Senior Leaving Certificate Examination (including Day School Certificate (Higher) General paper), 1949
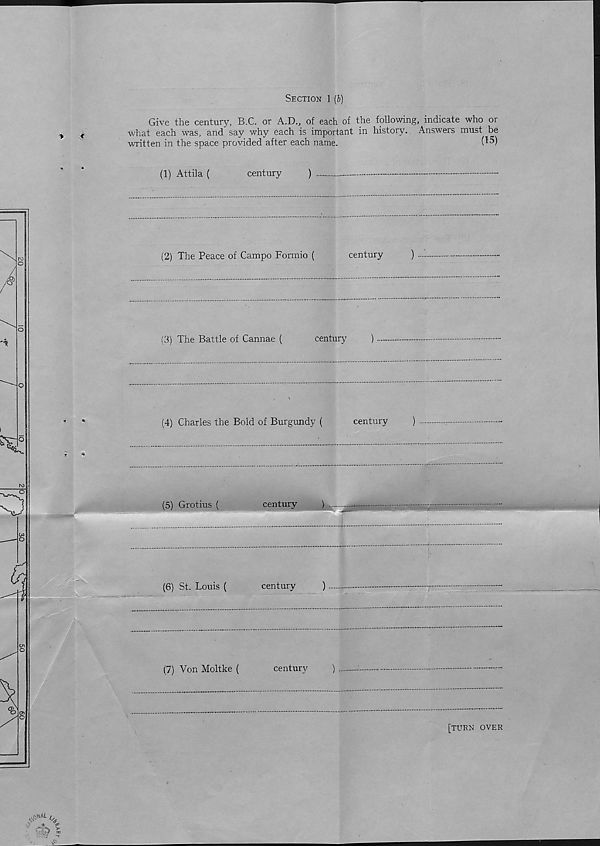
Section 1 (b)
Give the century, B.C. or A.D V of each of the following, indicate who or
what each was, and say why each is important in history. Answers must be
written in the space provided after each name.
(15)
(1) Attila (
century
)
(2) The Peace of Campo Formio (
century
)
(3) The Battle of Cannae (
century
)
(4) Charles the Bold of Burgundy (
century
)
(5) Grotius (
century
)
(6) St. Louis (
century
)
(7) Von Moltke (
century
)
[tuen over